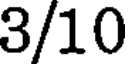
3/10